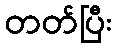
တတ်ပြီး